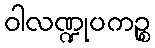
ဝါလဏ္ဍုပကဉ္စ